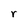
Character: r